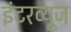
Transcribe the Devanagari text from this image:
इंटरव्यूज